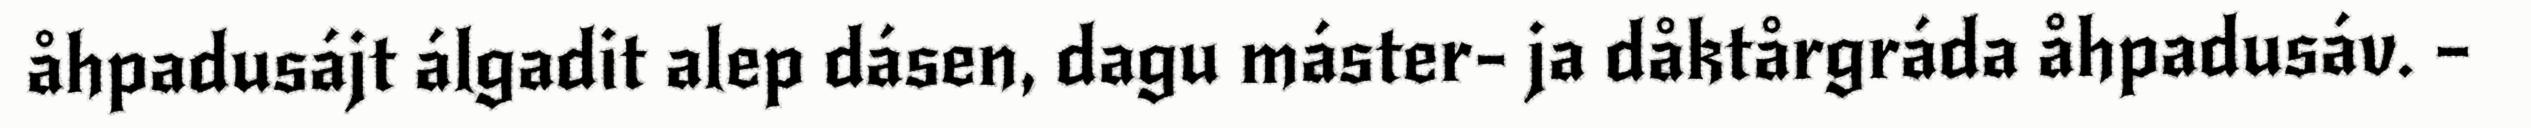
åhpadusájt álgadit alep dásen, dagu máster- ja dåktårgráda åhpadusáv. –